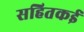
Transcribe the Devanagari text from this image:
सहितकई